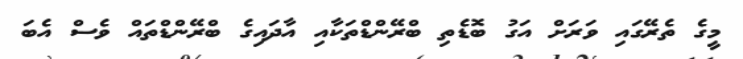
މީގެ ތެރޭގައި ވަރަށް އަގު ބޮޑެތި ބްރޭންޑްތަކާއި އާދައިގެ ބްރޭންޑްތައް ވެސް އެބަ